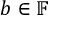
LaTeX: b \in \mathbb { F }